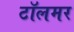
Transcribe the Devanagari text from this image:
टॉलमर